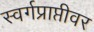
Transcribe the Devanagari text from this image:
स्वर्गप्राप्तीवर